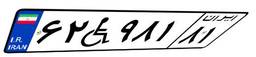
۶۲W۹۸۱۸۱